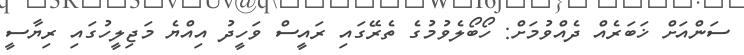
ސަންއަށް ޚަބަރެއް ދެއްވުމަށް: ހޯބޯލެވުމުގެ ތެރޭގައި ރައީސް ވަހީދު އިއްޔެ މަޖިލީހުގައި ރިޔާސީ